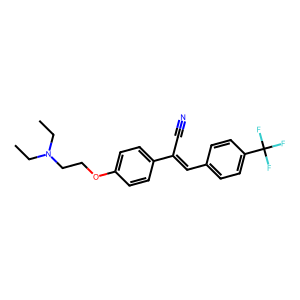
SMILES: CCN(CC)CCOc1ccc(C(C#N)=Cc2ccc(C(F)(F)F)cc2)cc1
Inhibits HIV replication: No